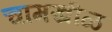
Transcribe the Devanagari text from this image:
चामखीळ